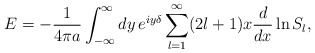
\begin{align*}E=-{1\over4\pi a}\int_{-\infty}^\infty dy\,e^{iy\delta}\sum_{l=1}^\infty(2l+1)x{d\over dx}\ln S_l,\end{align*}